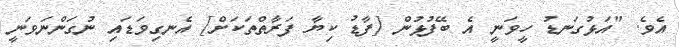
އެވެ. "އަޅުގަނޑު ހީވަނީ އެ ބޭފުޅުން [ފާޑު ކިޔާ ފަރާތްތަކަށް] އެނގިވަޑައި ނުގަންނަވަނީ